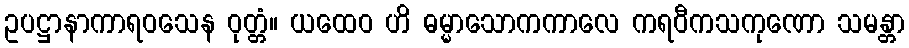
ဥပဋ္ဌာနာကာရဝသေန ဝုတ္တံ။ ယထေဝ ဟိ ဓမ္မာသောကကာလေ ကရဝီကသကုဏော သမန္တာ